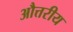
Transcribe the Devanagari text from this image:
औत्तरीय